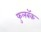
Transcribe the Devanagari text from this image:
फुलबॅक